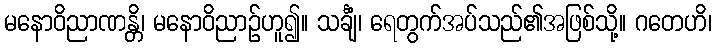
မနောဝိညာဏန္တိ၊ မနောဝိညာဉ်ဟူ၍။ သင်္ချံ၊ ရေတွက်အပ်သည်၏အဖြစ်သို့။ ဂတေဟိ၊